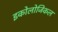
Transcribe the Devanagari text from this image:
इकोलोजिकल